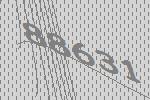
88631